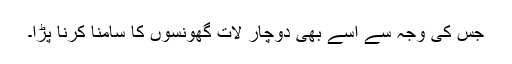
جس کی وجہ سے اسے بھی دوچار لات گھونسوں کا سامنا کرنا پڑا۔